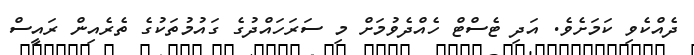
ދެއްކެވި ކަމަށެވެ. އަދި ޓެސްޓް ހެއްދެވުމަށް މި ސަރަހައްދުގެ ގައުމުތަކުގެ ތެރެއިން ރައީސް